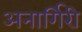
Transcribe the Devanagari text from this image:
अनार्गिरी